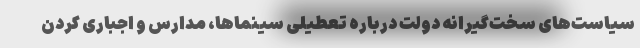
سیاست‌های سخت‌گیرانه دولت درباره تعطیلی سینماها، مدارس و اجباری کردن